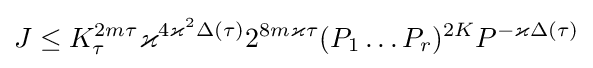
J\leq K_{\tau }^{2m\tau }\varkappa ^{4\varkappa ^{2}\Delta (\tau )}2^{8m\varkappa \tau }(P_{1}\dots P_{r})^{2K}P^{-\varkappa \Delta (\tau )}